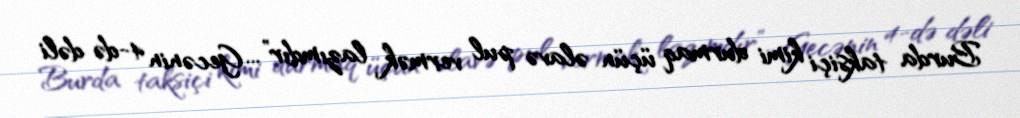
Burda taksiçi kimi durmaq üçün əlavə pul vermək lazımdır”... Gecənin 4-də dəli